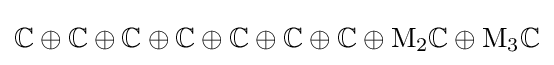
\mathbb {C} \oplus \mathbb {C} \oplus \mathbb {C} \oplus \mathbb {C} \oplus \mathbb {C} \oplus \mathbb {C} \oplus \mathbb {C} \oplus \mathrm {M} _{2}\mathbb {C} \oplus \mathrm {M} _{3}\mathbb {C}